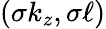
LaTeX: (\sigma k_{z},\sigma\ell)